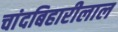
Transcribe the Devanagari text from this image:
चांदबिहारीलाल